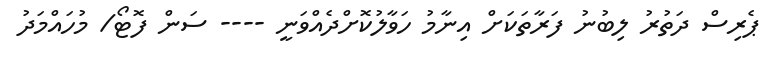
ޕެރިސް ދަތުރު ލިބުނު ފަރާތަކަށް އިނާމު ހަވާލުކޮށްދެއްވަނީ ---- ސަން ފޮޓޯ/ މުހައްމަދު